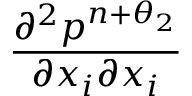
\frac { { { \partial } ^ { 2 } } { { p } ^ { n + { { \theta } _ { 2 } } } } } { \partial { { x } _ { i } } \partial { { x } _ { i } } }